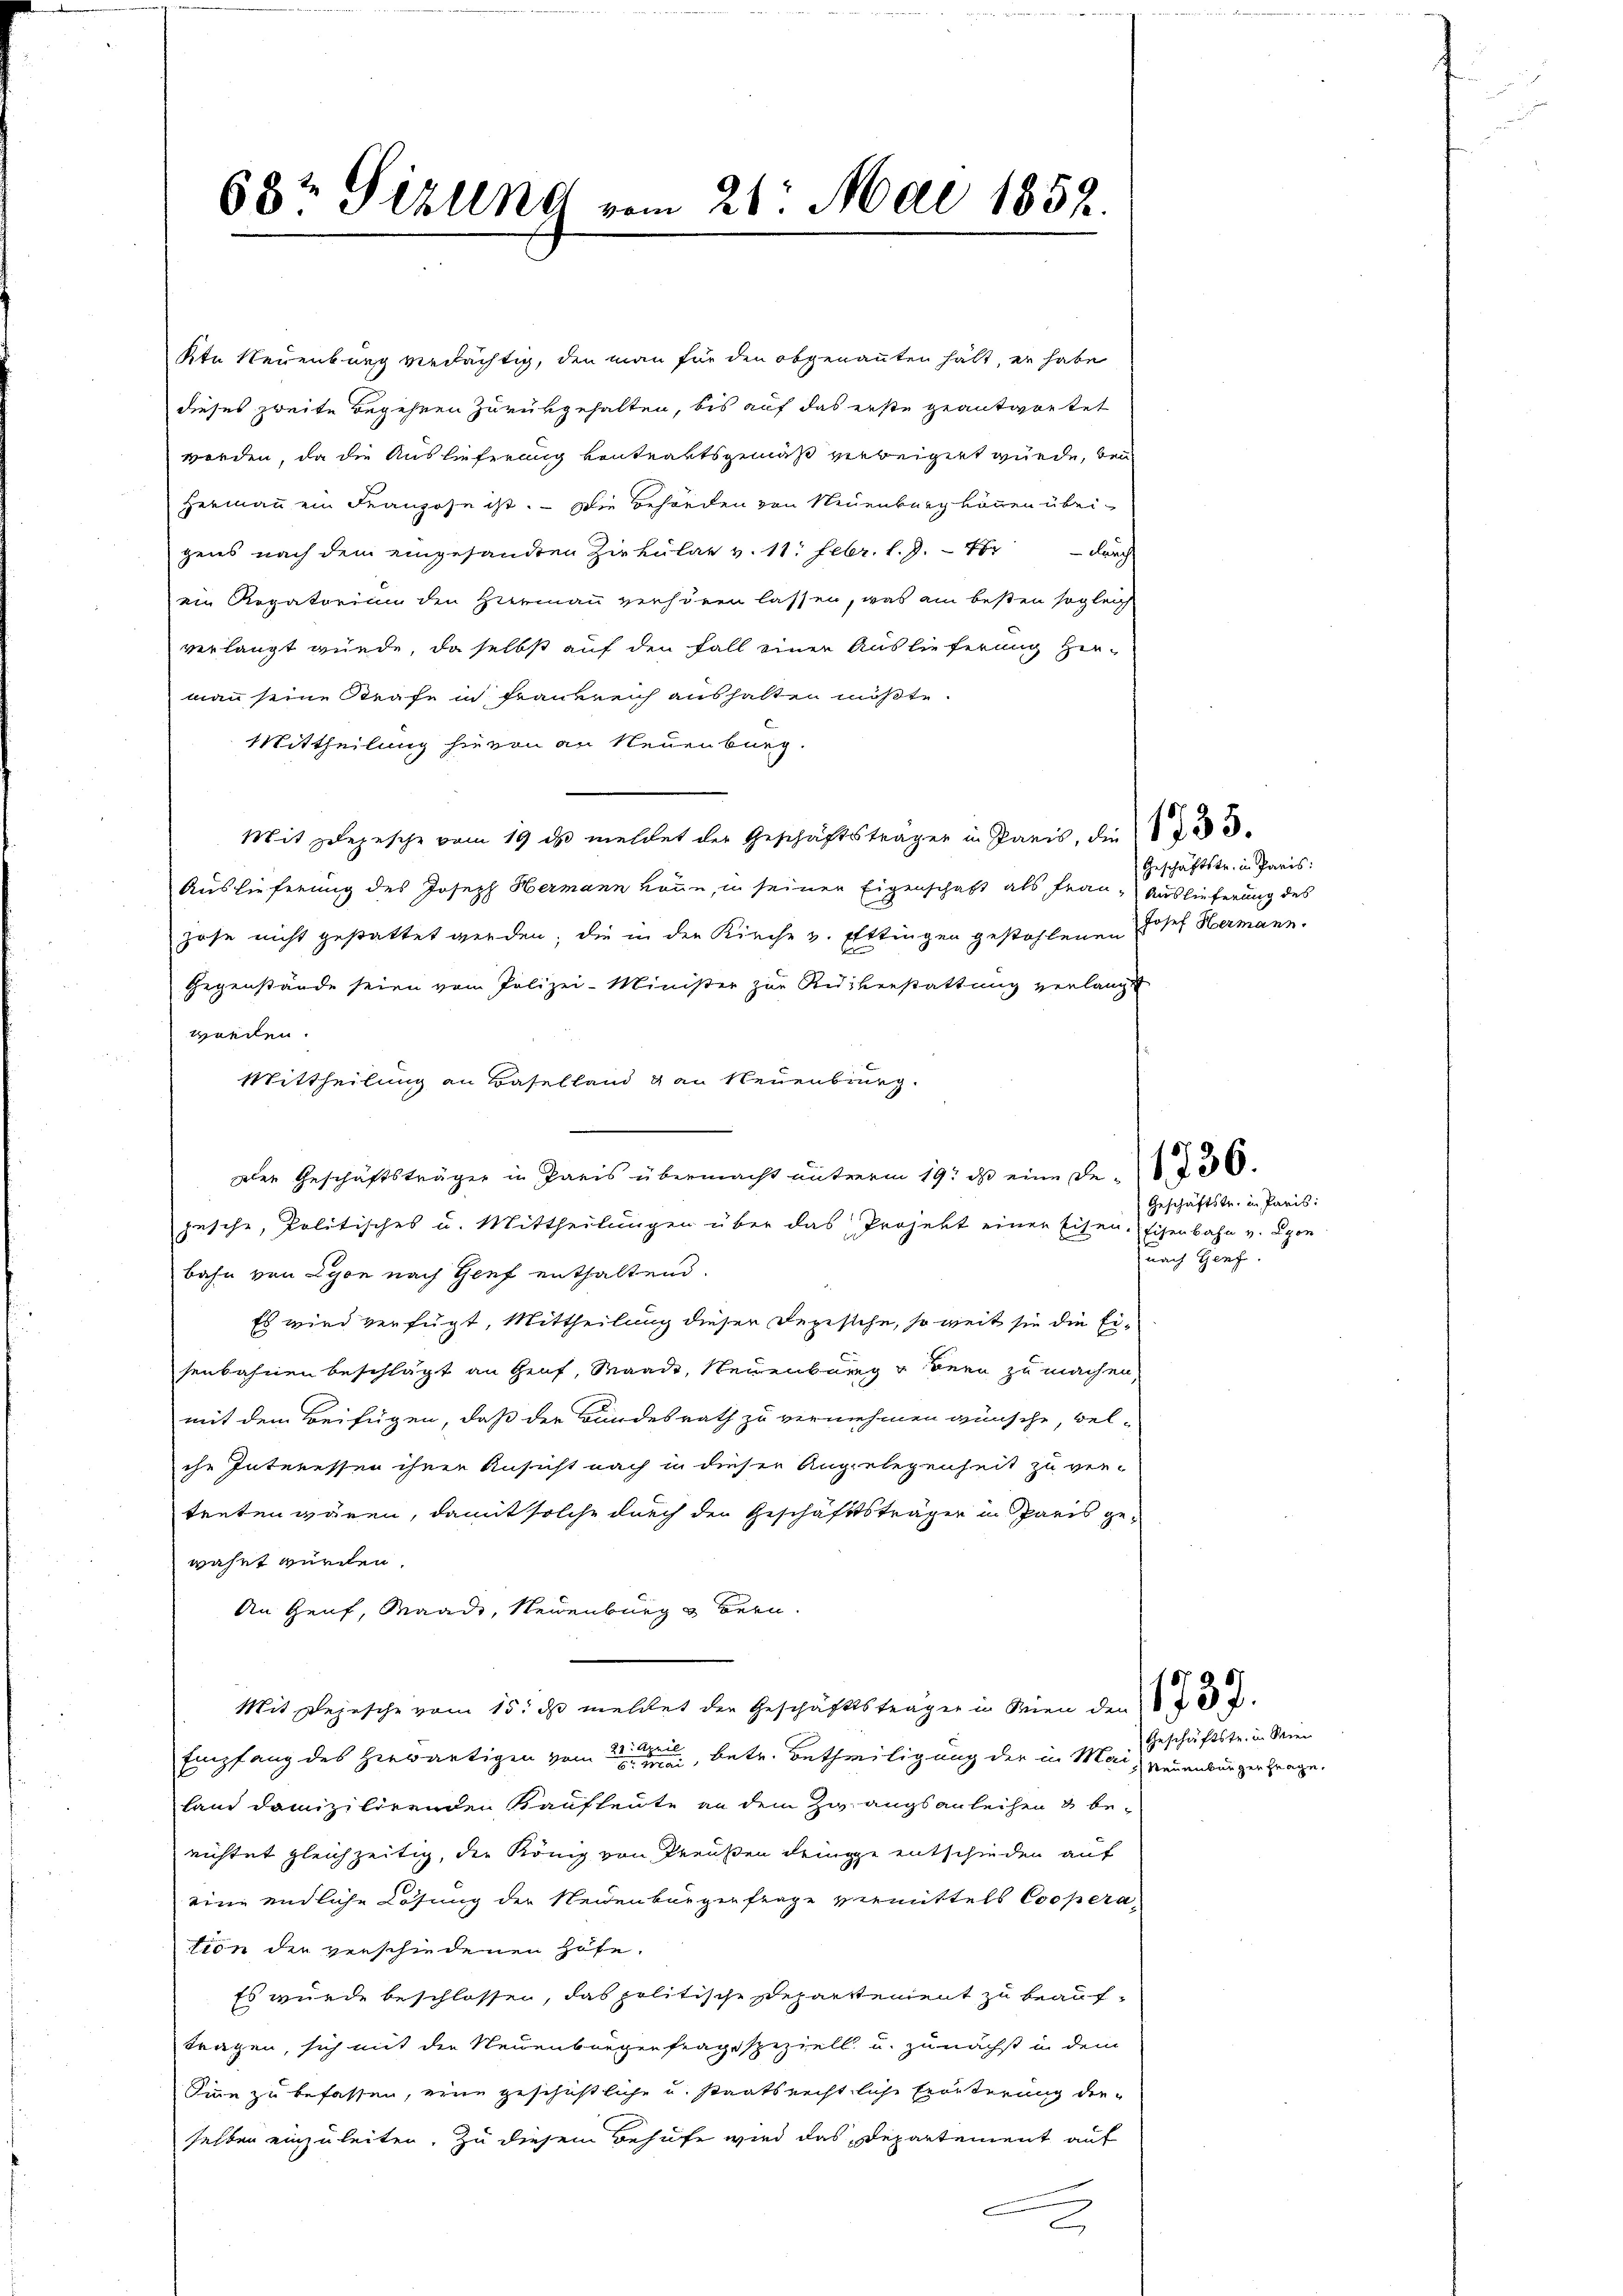
kte Neuenburg verdächtig, den man für den obgenannten hält, er habe
dieses zweite Begehren zurükgehalten, bis auf das erste geantwortet
worden, da die Auslieferung kontraktsgemäß verbeigert wurde, bei
Hermann ein Franzose ist. Die Behörden von Neuenburg können über-
gens nach dem eingesandten Zirkulat v. 11. Febr. l. J. - 40 durch
ein Rogatorium den Hermann verhören lassen, was am besten sogleich
verlangt würde, da selbst auf den Fall einer Auslieferung her-
mann seine Strafe in Frankreich aushalten müßte.
Mittheilung hievon an Neuenburg
Mit Zepesche vom 19. ds meldet der Geschäftsträger in Paris, die d
Auslieferung des Joseph Hermann kann, in seiner Eigenschaft als Frau Auslieferung des
zose nicht gestattet werden; die in den Kirche v. Ettingen gestohlenen Josef Hermann.
Gegenstände seien vom Polizei-Minister zur Rückerstattung verlangt
worden.
Mittheilung an Baselland 4 an Neuenburg.
Der Geschäftsträger in Paris übermacht unterm 19. ds eine De- 2500.
pesche, Politisches u. Mittheilungen über das Projekt einen Eisen-Eisenbahn v. Lyon
bahn von Lyon nach Genf enthaltend.
Es wird verfügt, Mittheilung dieser Depische, so weit sie die Eisenbahnen beschlägt an Graf, Waadt, Neuenburg u Bern zu machen,
mit dem Beifügen, daß der Bundesrath zu vernehmen wünsche bel-
che Interessen ihnen Ansicht nach in dieser Angelegenheit zu ver-
treten wären, damit solche durch den Geschäftsträger in Sparis gewahrt wurden.
An Genf, Waadt, Neuenburg & Bern.
Mit Depesche vom 15. ds meldet der Geschäftsträger in Wien den
2. April
Empfang des herwärtigen vom 2ten, betr. Betheiligung der in Mai, Neuenburgen frage.
land domizilirenden Kaufleute an dem Zwangsanleihen & be-
richtet gleichzeitig, die König von Preußen dringe entschieden auf
eine endliche Lösung der Neidenburgenfrage vermittels Cooperation der verschiedenen Höfe.
Es wurde beschlossen, das politische Departement zu beauftragen, sich mit der Neuenburgerfrage speziell u. zunächst in dem
Sinne zu befassen, eine geschichtliche u. staatsrechtliche Erörterung dieselben einzuleiten. Zu diesem Behufe wird das Departement auf
2

68½ Sizung vom 21. Mai 1852.

Geschäftstr. in Paris:

Geschäftstr. in Paris:
nach Genf.

Geschäftstr. in Wien